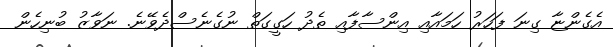
އެގެންޏާ ގިނަ ފަހަރު ހަމައާއި އިންސާފާއި ތެދު ހަގީގަތް ނުގެނެސްދެވޭނެ. ނަވާޒު ބުނިހެން